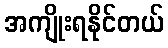
အကျိုးရနိုင်တယ်